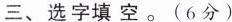
三、选字填空。(6分)